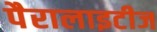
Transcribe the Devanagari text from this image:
पैरालाइटीज